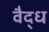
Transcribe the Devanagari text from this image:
वैद्ध